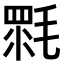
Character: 𣯉